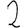
Digit: 2